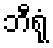
ဘီရုံ